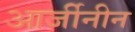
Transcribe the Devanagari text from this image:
आर्जीनीन